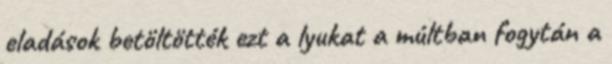
eladások betöltötték ezt a lyukat a múltban fogytán a